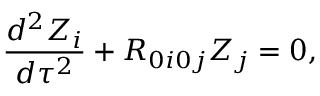
\frac { d ^ { 2 } Z _ { i } } { d \tau ^ { 2 } } + R _ { 0 i 0 j } Z _ { j } = 0 ,